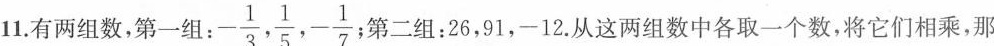
11.有两组数，第一组： $$- \frac{1}{3}, \frac{1}{5},- \frac{1}{7};$$ 第二组：26，91，-12.从这两组数中各取一个数，将它们相乘，那